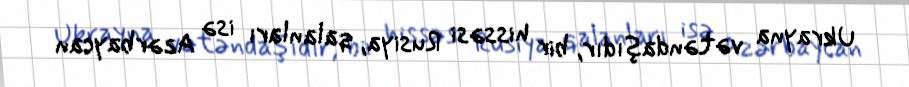
Ukrayna vətəndaşıdır, bir hissəsi Rusiya, qalanları isə Azərbaycan